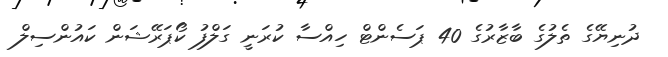
ދުނިޔޭގެ ތެލުގެ ބާޒާރުގެ 40 ޕަސެންޓް ހިއްސާ ކުރަނީ ގަލްފު ކޯޕަރޭޝަން ކައުންސިލް